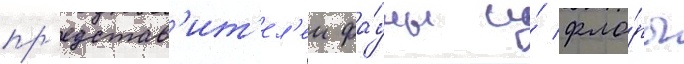
пр'едстав'ит'ел'еи фа́уны и́ фло́ры